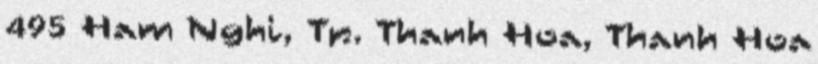
495 Ham Nghi, Tp. Thanh Hoa, Thanh Hoa